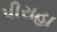
પીરાહા